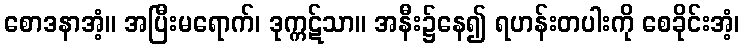
စောဒနာအံ့။ အပြီးမရောက်၊ ဒုက္ကဋ်သာ။ အနီး၌နေ၍ ရဟန်းတပါးကို စေခိုင်းအံ့၊